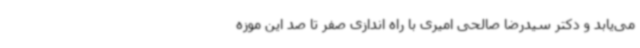
می‌یابد و دکتر سیدرضا صالحی امیری با راه اندازی صفر تا صد این موزه